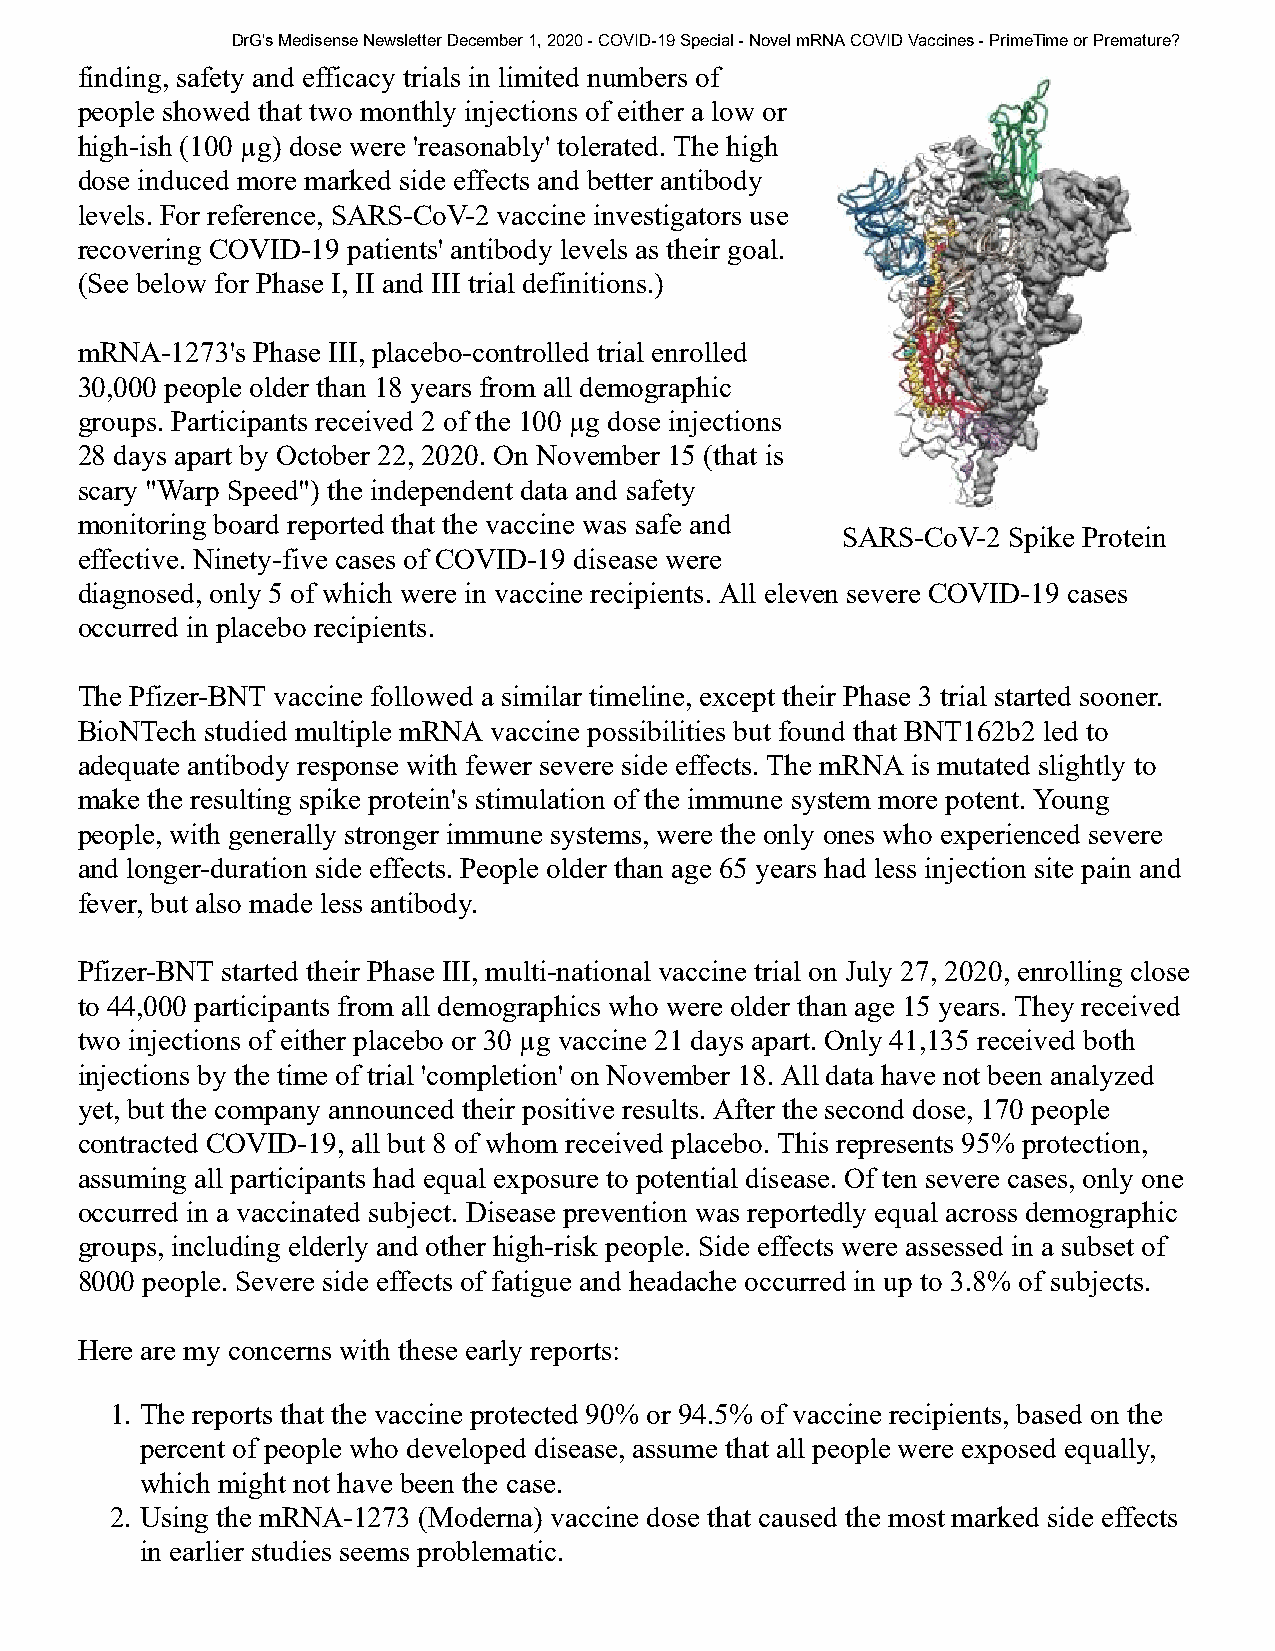
DrG's Medisense Newsletter December 1, 2020 - COVID-19 Special - Novel mRNA COVID Vaccines - PrimeTime or Premature?
 finding, safety and efficacy trials in limited numbers of
 people showed that two monthly injections of either a low or
 high-ish (100 µg) dose were 'reasonably' tolerated. The high
 dose induced more marked side effects and better antibody
 levels. For reference, SARS-CoV-2 vaccine investigators use
 recovering COVID-19 patients' antibody levels as their goal.
 (See below for Phase I, II and III trial definitions.)
 mRNA-1273's Phase III, placebo-controlled trial enrolled
 30,000 people older than 18 years from all demographic
 groups. Participants received 2 of the 100 µg dose injections
 28 days apart by October 22, 2020. On November 15 (that is
 scary "Warp Speed") the independent data and safety
 monitoring board reported that the vaccine was safe and
 SARS-CoV-2 Spike Protein
 effective. Ninety-five cases of COVID-19 disease were
 diagnosed, only 5 of which were in vaccine recipients. All eleven severe COVID-19 cases
 occurred in placebo recipients.
 The Pfizer-BNT vaccine followed a similar timeline, except their Phase 3 trial started sooner.
 BioNTech studied multiple mRNA vaccine possibilities but found that BNT162b2 led to
 adequate antibody response with fewer severe side effects. The mRNA is mutated slightly to
 make the resulting spike protein's stimulation of the immune system more potent. Young
 people, with generally stronger immune systems, were the only ones who experienced severe
 and longer-duration side effects. People older than age 65 years had less injection site pain and
 fever, but also made less antibody.
 Pfizer-BNT started their Phase III, multi-national vaccine trial on July 27, 2020, enrolling close
 to 44,000 participants from all demographics who were older than age 15 years. They received
 two injections of either placebo or 30 µg vaccine 21 days apart. Only 41,135 received both
 injections by the time of trial 'completion' on November 18. All data have not been analyzed
 yet, but the company announced their positive results. After the second dose, 170 people
 contracted COVID-19, all but 8 of whom received placebo. This represents 95% protection,
 assuming all participants had equal exposure to potential disease. Of ten severe cases, only one
 occurred in a vaccinated subject. Disease prevention was reportedly equal across demographic
 groups, including elderly and other high-risk people. Side effects were assessed in a subset of
 8000 people. Severe side effects of fatigue and headache occurred in up to 3.8% of subjects.
 Here are my concerns with these early reports:
 1. The reports that the vaccine protected 90% or 94.5% of vaccine recipients, based on the
 percent of people who developed disease, assume that all people were exposed equally,
 which might not have been the case.
 2. Using the mRNA-1273 (Moderna) vaccine dose that caused the most marked side effects
 in earlier studies seems problematic.